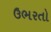
ઉભરતો